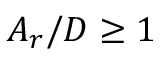
A _ { r } / D \geq 1